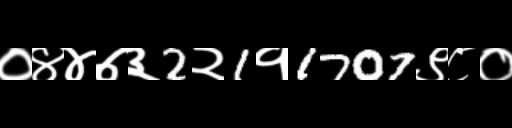
Text: ०४४७३2२1१1707९८०